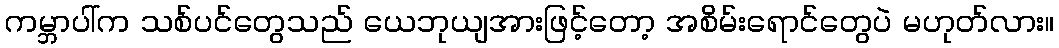
ကမ္ဘာပါ်က သစ်ပင်တွေသည် ယေဘုယျအားဖြင့်တော့ အစိမ်းရောင်တွေပဲ မဟုတ်လား။